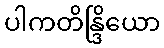
ပါကတိန္ဒြိယော